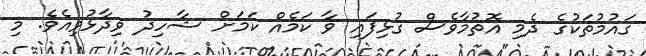
ގައުމުތަކުގެ ދެމި އޮތުމާވެސް ގުޅިފައި ވާ ކަމެއް ކަމަށް ޝާހިދު ވިދާޅުވިއެވެ. މި